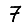
Digit: 7